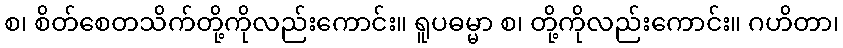
စ၊ စိတ်စေတသိက်တို့ကိုလည်းကောင်း။ ရူပဓမ္မာ စ၊ တို့ကိုလည်းကောင်း။ ဂဟိတာ၊